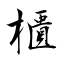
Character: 櫃